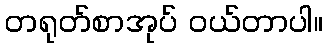
တရုတ်စာအုပ် ဝယ်တာပါ။